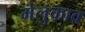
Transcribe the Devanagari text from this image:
मेलुकाव